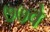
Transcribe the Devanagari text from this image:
७७वे